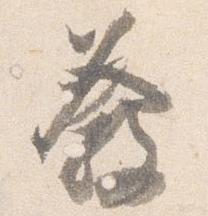
発